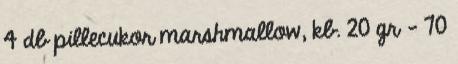
4 db pillecukor marshmallow, kb. 20 gr - 70